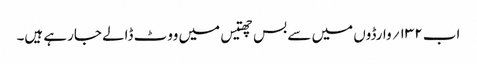
اب ۱۳۲؍ وارڈوں میں سے بس چھتیس میں ووٹ ڈالے جارہے ہیں۔